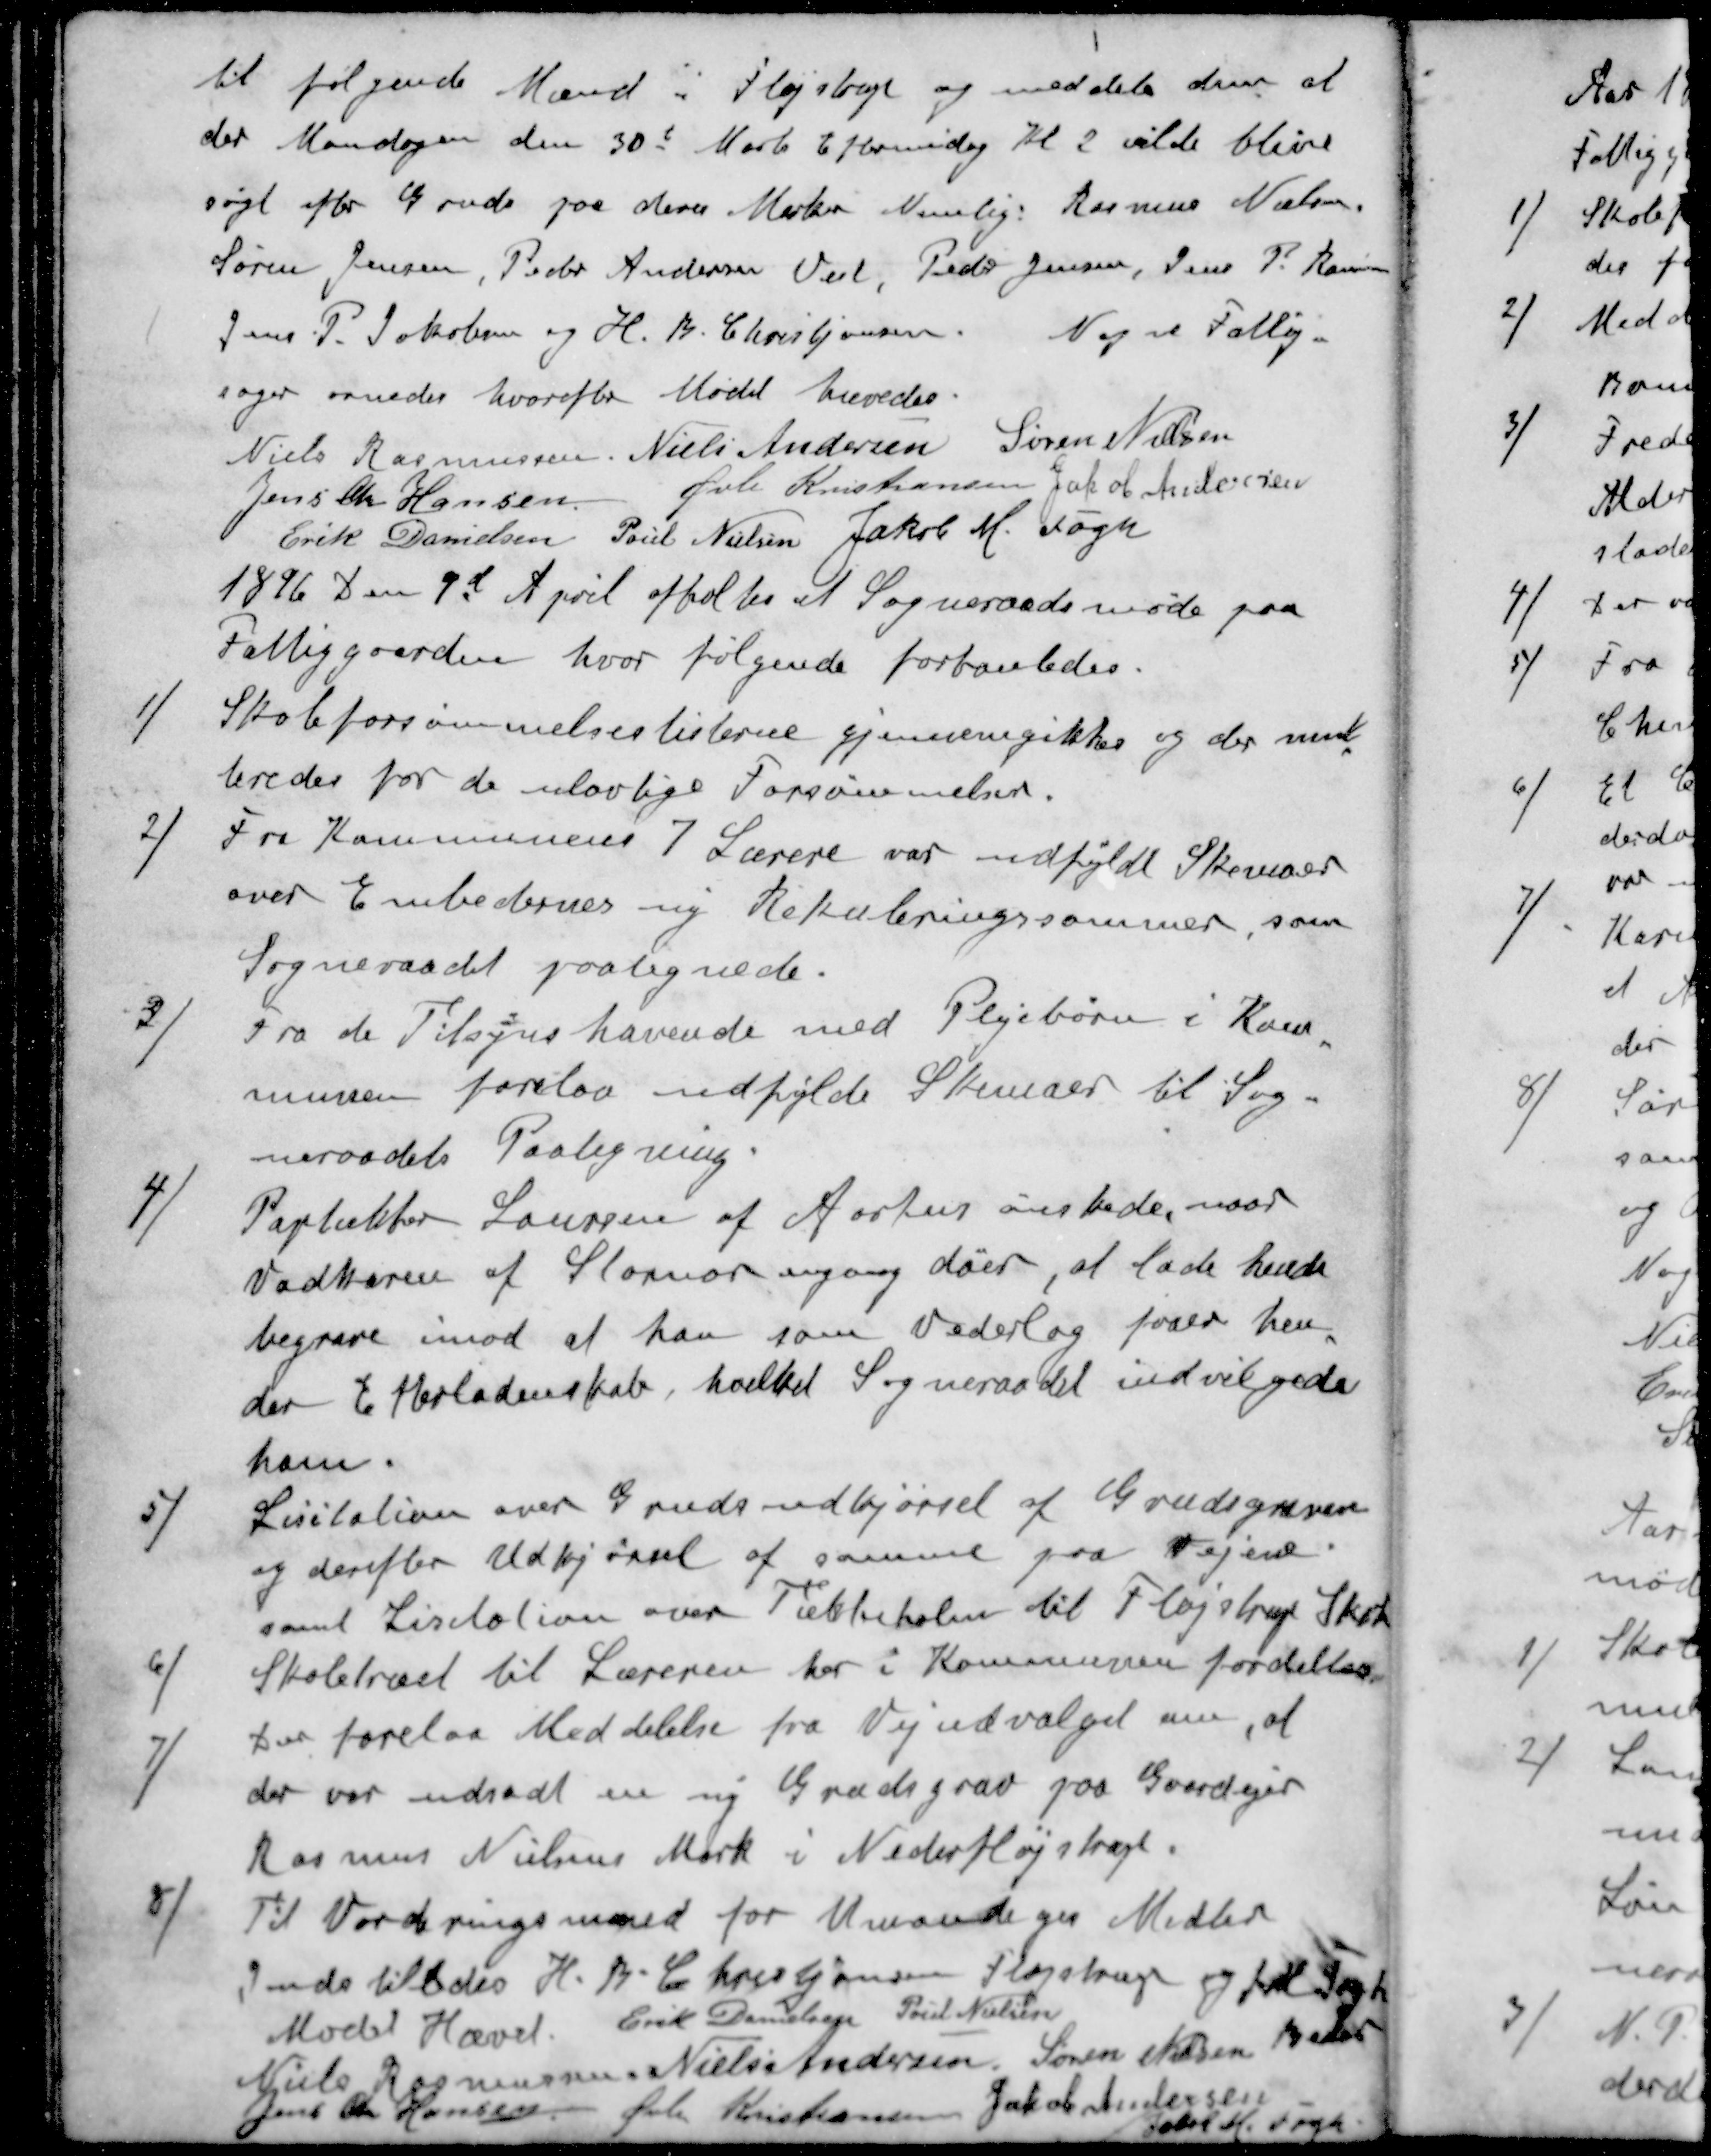
Transskription:
til følgende Mænd i Fløjstrup og meddele dem at
der Mandagen den 30t Marts Eftermidag Kl 2 vilde blive
søgt efter Gruds paa deres Marker Nemlig: Rasmus Nielsen
Søren Jensen, Peder Andersen Veel, Peder Jensen, Jens P. Rasmussen
Jens P. Jakobsen og H. B. Christiansen. Nogle Fattig-
sager ornedes hvorefter Mødet hævedes.
Niels Rasmussen
Niels Andersen
Søren Nielsen
Jens Chr Hansen
Øvle Kristiansen
Jacob Andersen
Erik Danielsen
Poul Nielsen
Jakob M. Fogh
1846 den 9d April afholtes at Sogneraadsmøde paa
Fattiggaarden, hvor følgende forhanledes.
1 ) Skoleforsømmelseslisterne gjennemgikkes og der mul-
teredes for de ulovlige Forsømmelser.
2 ) Fra Kommunens 7 Lærere var udfyldt Skemaer
over Embedernes ny Rekuleringssommer, som
Sogneraadet paategnede.
3 ) Fra de Tilsynshavende med Plejebørn i Kom-
munen forelaa udfylde Skemaer til Sog-
neraadets Paategning
4 ) Paptækker Laursen af Aarhus ønskede, naar
Dadtteren af Stornor engang døer, at lade hende
begrave mod at han som Vederlag faaer hen-
des Efterladenskab, hvilket Sogneraadet indvilgede
ham.
5 ) Lisitation over Grudsudkjørsel af Grudsgraven
og derefter Udkjørsel af samme paa Vejene
samt Lisitation over Tækkehalm til Fløjstrup Skole
6 ) Skoletræet til Læreren her i Kommunen fordeltes
7 ) Der forelaa Meddelelse fra Vejudvalget om, at
der var udsat en ny Grudsgrav paa Gaardejer
Rasmus Nielsens Mark i Nederfløjstrup
8 ) Til Vorderingsmand for Umandiges Midler
Indstilledes H. B. Christiansen Fløjstrup og J M Fogh
Beder
Mødet Hævet
Erik Danielsen
Poul Nielsen
Niels Rasmussen
Niels Andersen
Søren Nielsen
Jens Chr Hansen
Øvli Kristiansen
Jakob Andersen
Jakob M Fogh